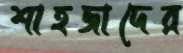
শাহজাদের